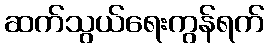
ဆက်သွယ်ရေးကွန်ရက်